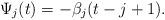
LaTeX: \begin{align*}\Psi _{j}(t)=-\beta _{j}(t-j+1). \end{align*}